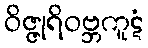
ဝိဇ္ဇုရိဝဗ္ဘကူဋံ